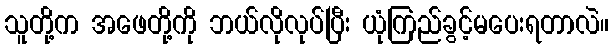
သူတို့က အဖေတို့ကို ဘယ်လိုလုပ်ပြီး ယုံကြည်ခွင့်မပေးရတာလဲ။